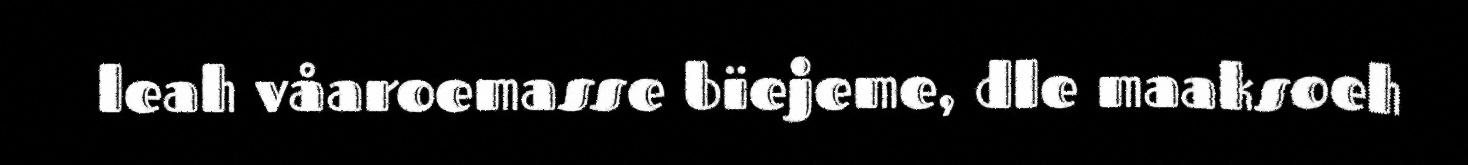
leah våaroemasse bïejeme, dle maaksoeh